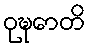
ဝုဍ္ဎောတိ